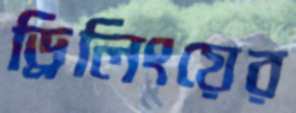
ড্রিলিংয়ের